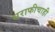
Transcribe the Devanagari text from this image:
सराफीचाही